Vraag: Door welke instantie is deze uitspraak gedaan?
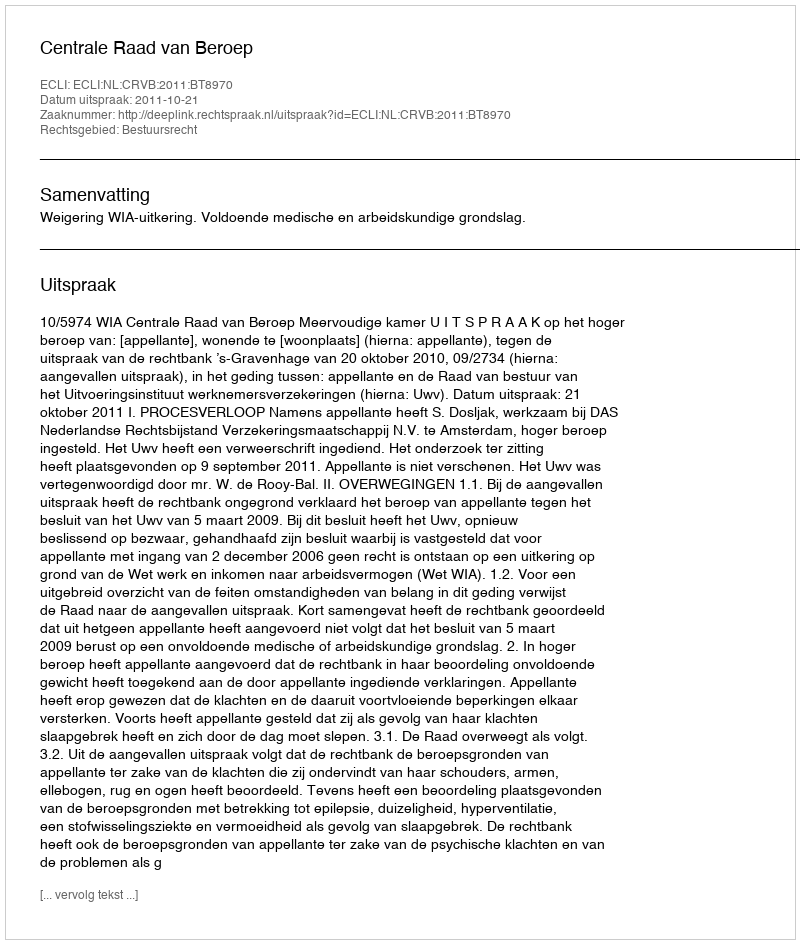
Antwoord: Centrale Raad van Beroep